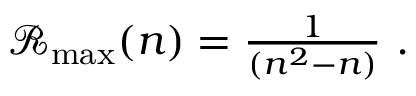
\begin{array} { r } { \mathcal { R } _ { \operatorname* { m a x } } ( n ) = \frac { 1 } { ( n ^ { 2 } - n ) } ~ . } \end{array}